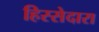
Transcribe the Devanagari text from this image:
हिस्सेदारा